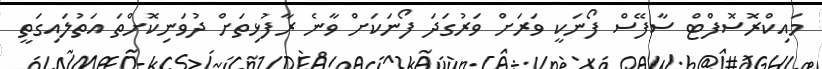
މައިކްރޮސޮފްޓް ސާފޭސް ފޯނަކީ ވަރަށް ވަރުގަދަ ފޯނަކަށް ވާނެ ރާފުޅިތަށް ދުވަނިކޮށްތަ އަތުލައިގަތީ